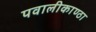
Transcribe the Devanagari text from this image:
पवालीकाण्ठा